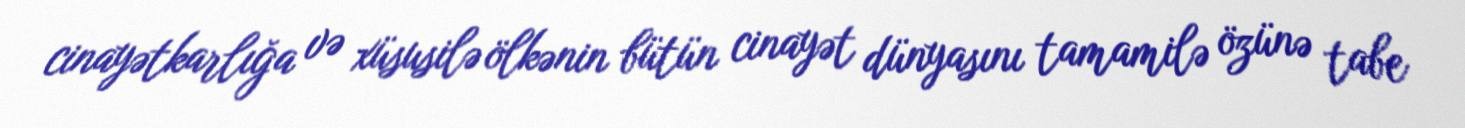
cinayətkarlığa və xüsusilə ölkənin bütün cinayət dünyasını tamamilə özünə tabe